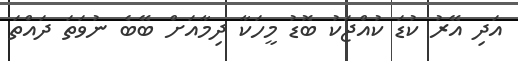
އަދި އޭރު ކުޑަ ކުއްޖަކު ބޮޑު މީހަކާ ދިމާއަށް ބޭބެ ނުވަތަ ދައްތަ